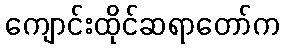
ကျောင်းထိုင်ဆရာတော်က